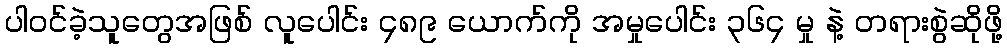
ပါဝင်ခဲ့သူတွေအဖြစ် လူပေါင်း ၄၈၉ ယောက်ကို အမှုပေါင်း ၃၆၄ မှု နဲ့ တရားစွဲဆိုဖို့